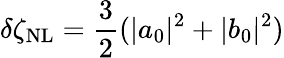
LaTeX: \delta\zeta_{\mathrm{NL}}=\frac{3}{2}(|a_{0}|^{2}+|b_{0}|^{2})